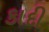
કાદી